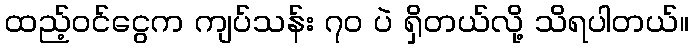
ထည့်ဝင်ငွေက ကျပ်သန်း ၇၀ ပဲ ရှိတယ်လို့ သိရပါတယ်။